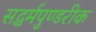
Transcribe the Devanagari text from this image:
सद्धर्मपुण्डरीक